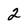
Character: 2